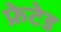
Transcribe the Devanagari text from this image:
फ्रेटेड